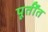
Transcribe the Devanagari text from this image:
पूर्तींत